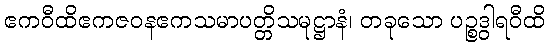
ဧကဝီထိဧကဇဝနဧကသမာပတ္တိသမုဋ္ဌာနံ၊ တခုသော ပဉ္စဒွါရဝီထိ